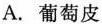
A.葡萄皮